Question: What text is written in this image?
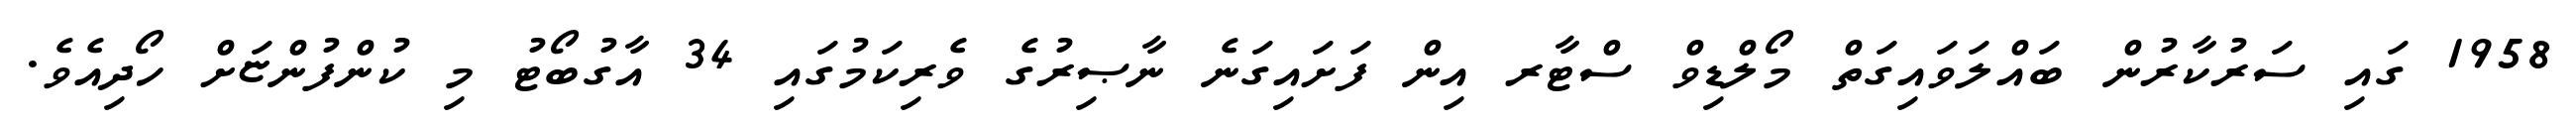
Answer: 1958 ގައި ސަރުކާރުން ބައްލަވައިގަތް މޯލްޑިވް ސްޓާރ އިން ފަށައިގަނެ ނާޞިރުގެ ވެރިކަމުގައި 34 އާގުބޯޓު މި ކުންފުންޏަށް ހޯދިއެވެ.